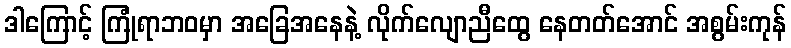
ဒါကြောင့် ကြုံရာဘဝမှာ အခြေအနေနဲ့ လိုက်လျောညီထွေ နေတတ်အောင် အစွမ်းကုန်